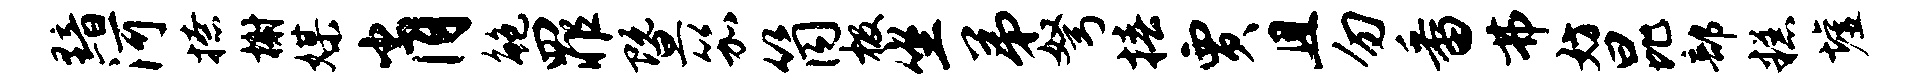
黯河撩榭媒肖鲍罪暨笳筒极坐弟弩椿贾且勿番弗妨昆部糕墟